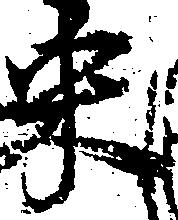
米